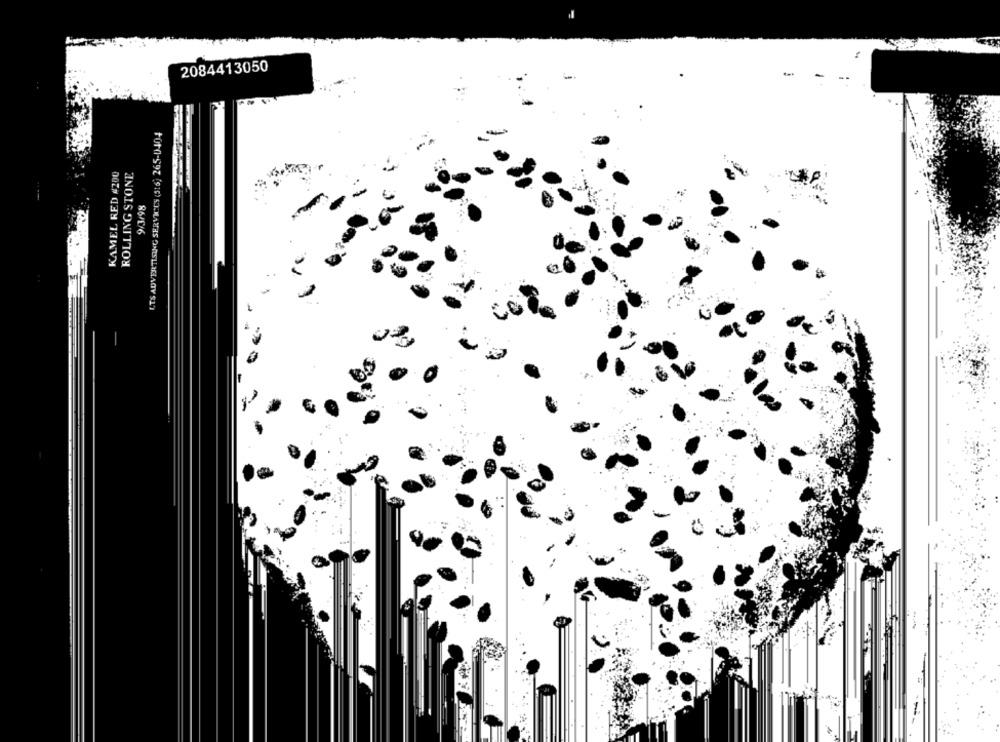
2084413050
LTS ADVERTISING SERVICES (516) 265-0404
KAMEL RED #200
ROLLING STONE
9/3/98